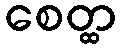
စေတ္ထ